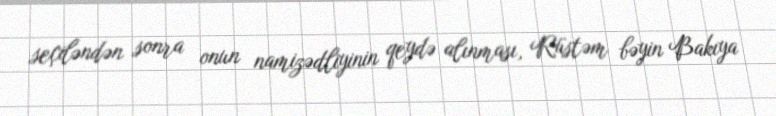
seçiləndən sonra onun namizədliyinin qeydə alınması, Rüstəm bəyin Bakıya